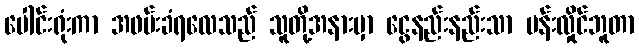
ပေါင်းရုံးကာ အဖမ်းခံရလေသည် သူတို့အနားမှာ ငွေနည်းနည်းသာ ပန်းလှိုင်ဘူတာ